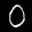
Label: 0